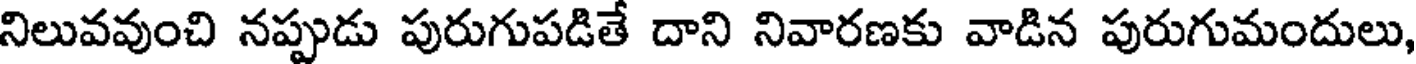
నిలువవుంచి నప్పుడు పురుగుపడితే దాని నివారణకు వాడిన పురుగుమందులు,